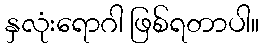
နှလုံးရောဂါ ဖြစ်ရတာပါ။